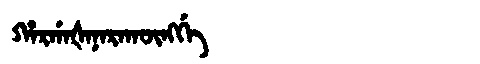
Manchu: ᡥᠠᡵᡤᠠᡧᠠᠨᠠᡵᠠᡴᡡᠩᡤᡝ
Romanization: HARGAŠANARAKŪNGGE